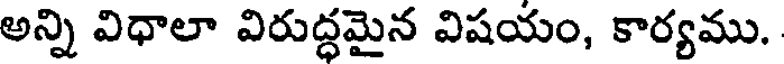
అన్ని విధాలా విరుద్ధమైన విషయం, కార్యము.